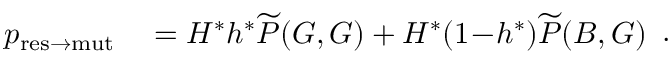
\begin{array} { r l } { p _ { \mathrm { r e s \to m u t } } } & { { } = H ^ { \ast } h ^ { \ast } \widetilde { P } ( G , G ) + H ^ { \ast } ( 1 \! - \! h ^ { \ast } ) \widetilde { P } ( B , G ) } \end{array} .